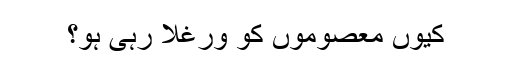
کیوں معصوموں کو ورغلا رہی ہو؟